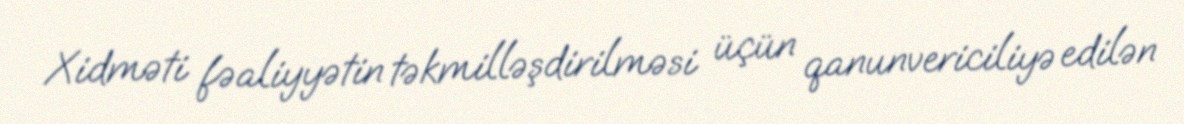
Xidməti fəaliyyətin təkmilləşdirilməsi üçün qanunvericiliyə edilən